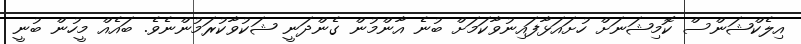
އިލެކްޝަންސް ކޮމިޝަނަށް ހުށައަޅާފައިނުވާކަމަށް ބުނެ އާންމުން ގެންދަނީ ޝަކުވާކުރަމުންނެވެ. ބައެއް މީހުން ބުނީ